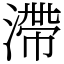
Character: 滯